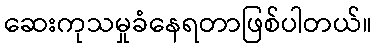
ဆေးကုသမှုခံနေရတာဖြစ်ပါတယ်။